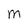
Character: M